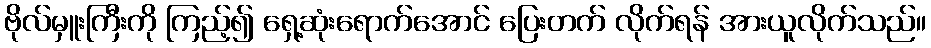
ဗိုလ်မှူးကြီးကို ကြည့်၍ ရှေ့ဆုံးရောက်အောင် ပြေးတက် လိုက်ရန် အားယူလိုက်သည်။